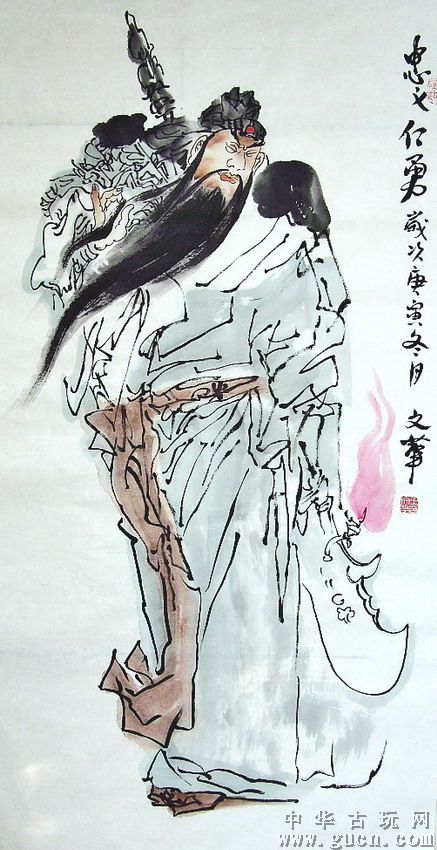
仁人之于弟也，不藏怒焉，不宿怨焉，亲爱之而已矣。